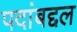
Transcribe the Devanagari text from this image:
पदांबद्दल